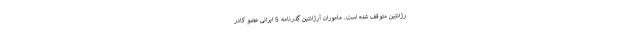
رژانتین متوقف شده است. ماموران آرژانتین گذرنامه 5 ایرانی عضو کادر